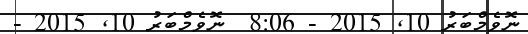
ނޮވެމްބަރު 10